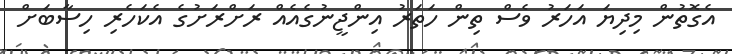
އެގޮތުން މިދިޔަ އަހަރު ވެސް ތިން ހަތަރު އިންޖީނުގެއެއް ރަށްރަށުގެ އެކަހެރި ހިސާބަށް